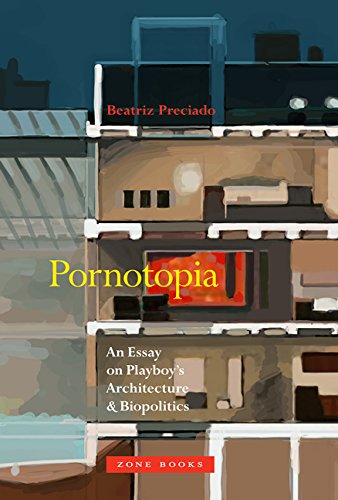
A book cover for Pornotopia: An Essay on Playboy's Architecture and Biopolitics; Beatriz Preciado; Gay & Lesbian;